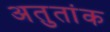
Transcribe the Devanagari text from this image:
अतुतांक